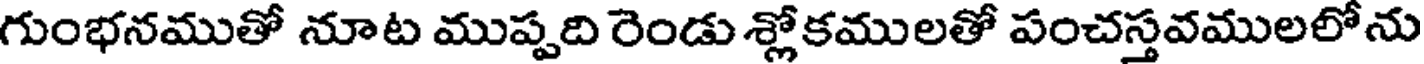
గుంభనముతో నూట ముప్పది రెండు శ్లోకములతో పంచస్తవములలోను